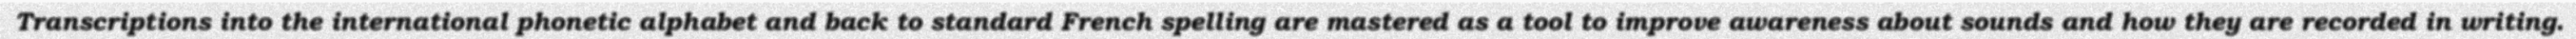
Transcriptions into the international phonetic alphabet and back to standard French spelling are mastered as a tool to improve awareness about sounds and how they are recorded in writing.